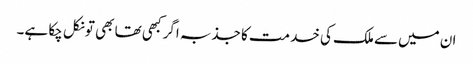
ان میں‌سے ملک کی خدمت کا جذبہ اگر کبھی تھا بھی تو نکل چکا ہے۔